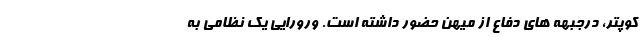
کوپتر، درجبهه های دفاع از میهن حضور داشته است. ورورایی یک نظامی به